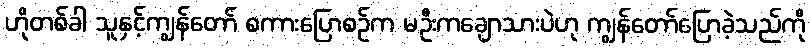
ဟိုတစ်ခါ သူနှင့်ကျွန်တော် စကားပြောစဉ်က မဦးကချောသားပဲဟု ကျွန်တော်ပြောခဲ့သည်ကို